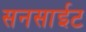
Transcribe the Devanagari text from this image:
सनसाईट